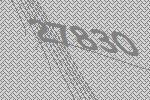
27830